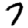
Digit: 7